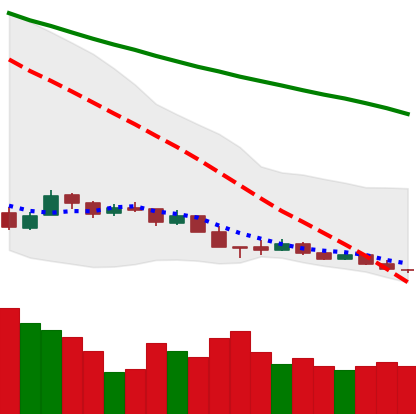
Ticker: XMR-USD
Chart end date: 2018-12-15
Forward return: 41.758%
Label: up_7plus